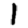
Digit: 1